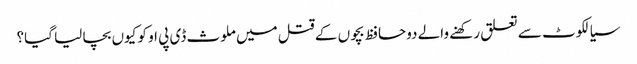
سیالکوٹ سے تعلق رکھنے والے دوحافظ بچوں کے قتل میں ملوث ڈی پی او کو کیوں بچا لیا گیا؟